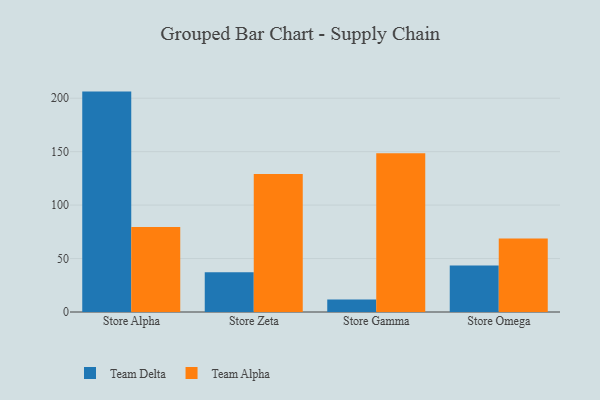
{"axis": {"x": "Store", "y": "Conversion Rate (%)"}, "legend": ["Team Alpha", "Team Delta"], "data": [{"x": "Store Alpha", "y": 206.2, "type": "Team Delta"}, {"x": "Store Alpha", "y": 79.6, "type": "Team Alpha"}, {"x": "Store Zeta", "y": 37.3, "type": "Team Delta"}, {"x": "Store Zeta", "y": 129.2, "type": "Team Alpha"}, {"x": "Store Gamma", "y": 11.8, "type": "Team Delta"}, {"x": "Store Gamma", "y": 148.6, "type": "Team Alpha"}, {"x": "Store Omega", "y": 43.4, "type": "Team Delta"}, {"x": "Store Omega", "y": 68.7, "type": "Team Alpha"}]}